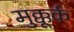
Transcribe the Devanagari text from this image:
मुक्कूर्क